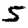
Digit: 5